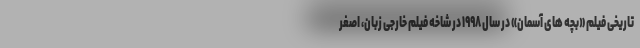
تاریخی فیلم «بچه های آسمان» در سال ۱۹۹۸ در شاخه فیلم خارجی زبان، اصغر